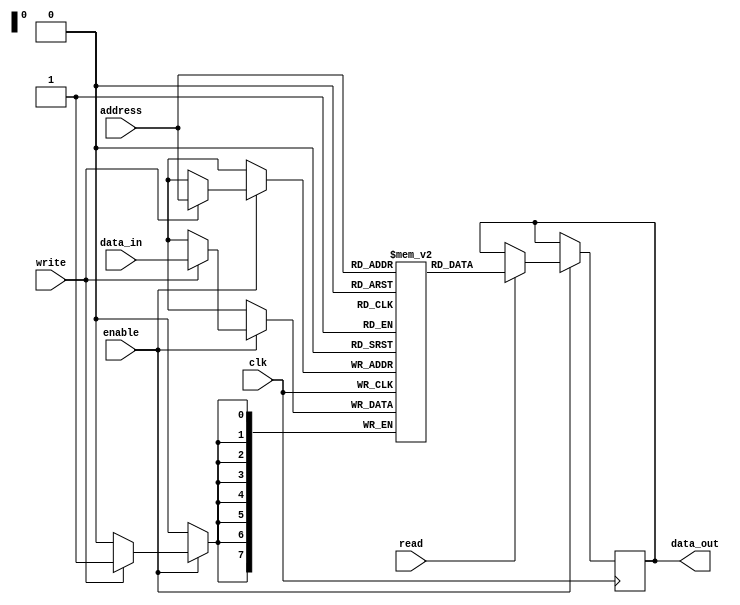
module sram(
    input wire clk,
    input wire enable,
    input wire read,
    input wire write,
    input wire [7:0] address,
    input wire [7:0] data_in,
    output reg [7:0] data_out
);

reg [7:0] memory [255:0]; // 256 8-bit memory locations

always @(posedge clk) begin
    if(enable) begin
        if(read) begin
            data_out <= memory[address];
        end
        if(write) begin
            memory[address] <= data_in;
        end
    end
end

endmodule